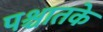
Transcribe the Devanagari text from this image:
पश्चातके